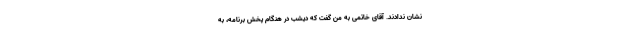
نشان ندادند. آقاى خاتمى به من ‌گفت ‌كه دیشب در هنگام پخش برنامه، به